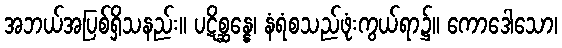
အဘယ်အပြစ်ရှိသနည်း။ ပဋိစ္ဆန္နေ၊ နံရံစသည်ဖုံးကွယ်ရာ၌။ ကောဒေါသော၊